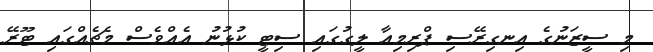
މި ސީޒަނުގެ އިނގިރޭސި ޕްރިމިއާ ލީގުގައި ސިޓީ ކުޅުނު އެއްވެސް މެޗެއްގައި ޓޫރޭ